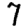
Digit: 7